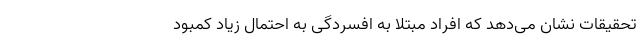
تحقیقات نشان می‌دهد که افراد مبتلا به افسردگی به احتمال زیاد کمبود